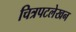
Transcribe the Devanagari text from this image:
चित्रपटलेखन